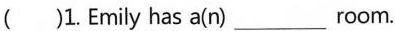
()1. Emily has a(n)___room.